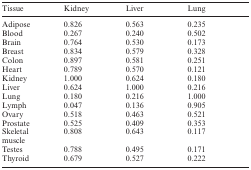
<table><thead><tr><td><b>Tissue</b></td><td><b>Kidney</b></td><td><b>Liver</b></td><td><b>Lung</b></td></tr></thead><tbody><tr><td>Adipose</td><td>0.826</td><td>0.563</td><td>0.235</td></tr><tr><td>Blood</td><td>0.267</td><td>0.240</td><td>0.502</td></tr><tr><td>Brain</td><td>0.764</td><td>0.530</td><td>0.173</td></tr><tr><td>Breast</td><td>0.834</td><td>0.579</td><td>0.328</td></tr><tr><td>Colon</td><td>0.897</td><td>0.581</td><td>0.251</td></tr><tr><td>Heart</td><td>0.789</td><td>0.570</td><td>0.121</td></tr><tr><td>Kidney</td><td>1.000</td><td>0.624</td><td>0.180</td></tr><tr><td>Liver</td><td>0.624</td><td>1.000</td><td>0.216</td></tr><tr><td>Lung</td><td>0.180</td><td>0.216</td><td>1.000</td></tr><tr><td>Lymph</td><td>0.047</td><td>0.136</td><td>0.905</td></tr><tr><td>Ovary</td><td>0.518</td><td>0.463</td><td>0.521</td></tr><tr><td>Prostate</td><td>0.525</td><td>0.409</td><td>0.353</td></tr><tr><td>Skeletal muscle</td><td>0.808</td><td>0.643</td><td>0.117</td></tr><tr><td>Testes</td><td>0.788</td><td>0.495</td><td>0.171</td></tr><tr><td>Thyroid</td><td>0.679</td><td>0.527</td><td>0.222</td></tr></tbody></table>